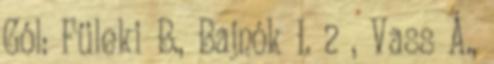
Gól: Füleki B., Bajnók I. 2 , Vass Á.,